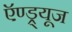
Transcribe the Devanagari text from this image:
ऍण्ड्र्यूज